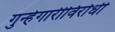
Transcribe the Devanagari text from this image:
गुन्हेगारीविरोधी